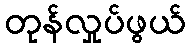
တုန်လှုပ်ဖွယ်